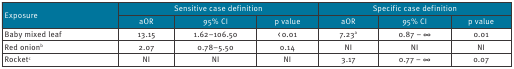
<table><thead><tr><td rowspan="2"><b>Exposure</b></td><td colspan="3"><b>Sensitive case definition</b></td><td colspan="3"><b>Specific case definition</b></td></tr><tr><td><b>aOR</b></td><td><b>95% CI</b></td><td><b>p value</b></td><td><b>aOR</b></td><td><b>95% CI</b></td><td><b>p value</b></td></tr></thead><tbody><tr><td>Baby mixed leaf</td><td>13.15</td><td>1.62–106.50</td><td>&lt; 0.01</td><td>7.23<sup>a</sup></td><td>0.87 – ∞</td><td>0.01</td></tr><tr><td>Red onion<sup>b</sup></td><td>2.07</td><td>0.78–5.50</td><td>0.14</td><td>NI</td><td>NI</td><td>NI</td></tr><tr><td>Rocket<sup>c</sup></td><td>NI</td><td>NI</td><td>NI</td><td>3.17</td><td>0.77 – ∞</td><td>0.07</td></tr></tbody></table>